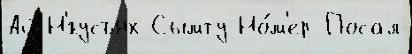
Ай-Н'́гусъях Сымту Но́м'ер Посал